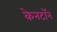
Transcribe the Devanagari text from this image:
केनटॉन